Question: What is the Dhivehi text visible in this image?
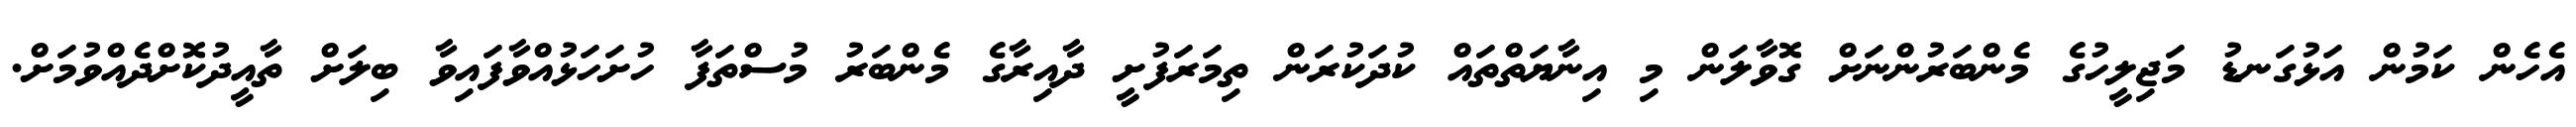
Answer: އެހެން ކަމުން އަޅުގަނޑު މަޖިލީހުގެ މެންބަރުންނަށް ގޮވާލަން މި އިނާޔަތްތައް ކުދަކުރަން ތިމަރަފުށީ ދާއިރާގެ މެންބަރު މުސްތަފާ ހުށަހަޅުއްވާފައިވާ ބިލަށް ތާއީދުކޮށްދެއްވުމަށް.